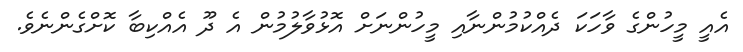
އެއީ މީހުންގެ ވާހަކަ ދެއްކުމުންނާއި މީހުންނަށް އޮޅުވާލުމުން އެ ދޫ އެއްކިބާ ކޮށްގެންނެވެ.